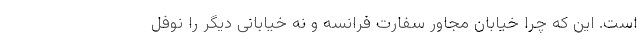
است. این که چرا خیابان مجاور سفارت فرانسه و نه خیابانی دیگر را نوفل